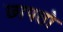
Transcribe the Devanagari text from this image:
छापतो